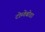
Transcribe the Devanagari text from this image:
टोम्तेबोडा